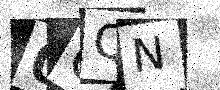
Text: 0CQN